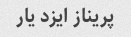
پریناز ایزد یار